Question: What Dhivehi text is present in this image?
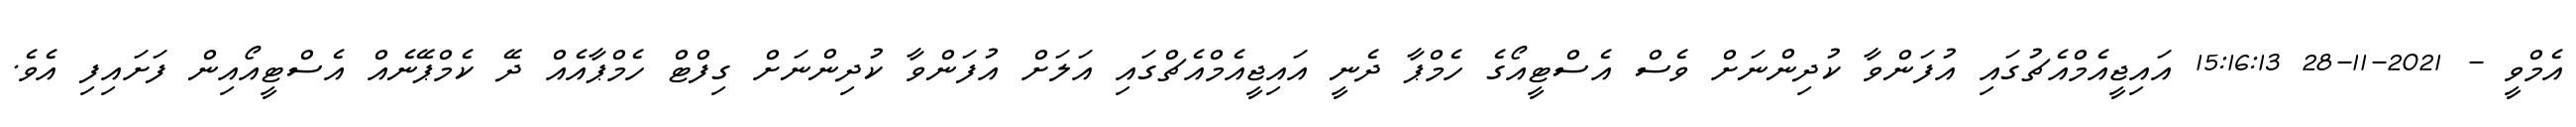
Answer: އެމްވީ - 2021-11-28 15:16:13 އައިޖީއެމްއެޗުގައި އުފަންވާ ކުދިންނަށް ވެސް އެސްޓީއޯގެ ހެމްޕާ ދެނީ އައިޖީއެމްއެޗްގައި އަލަށް އުފަންވާ ކުދިންނަށް ގިފްޓް ހެމްޕާއެއް ދޭ ކެމްޕޭނެއް އެސްޓީއޯއިން ފަށައިފި އެވެ.